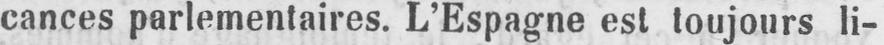
cances parlementaires. L’Espagne est toujours li-